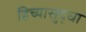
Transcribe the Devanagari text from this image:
हिच्यासुद्धा